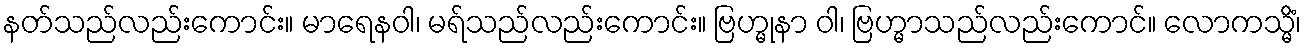
နတ်သည်လည်းကောင်း။ မာရေနဝါ၊ မရ်သည်လည်းကောင်း။ ဗြဟ္မုနာ ဝါ၊ ဗြဟ္မာသည်လည်းကောင်။ လောကသ္မိံ၊